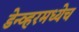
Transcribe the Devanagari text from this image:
डेन्व्हरमध्येच